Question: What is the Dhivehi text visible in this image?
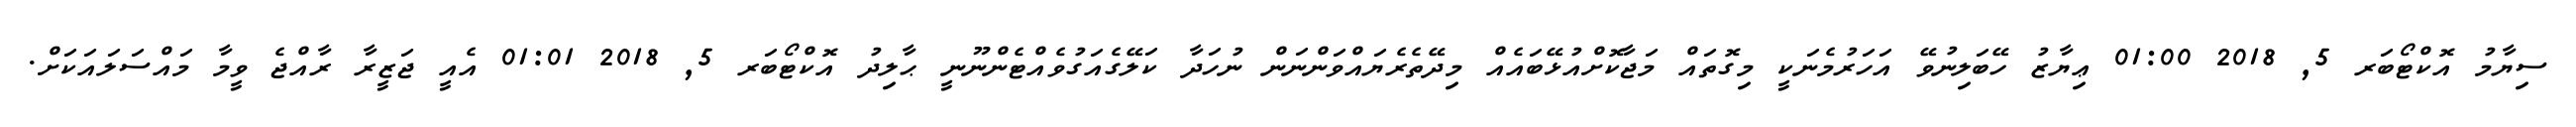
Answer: ސިޔާމު އޮކްޓޯބަރ 5, 2018 01:00 ޢިޔާޒު ހޭބަލިނުވޭ އަހަރުމެނަކީ މިގޮތައް މަޖާކޮށްއުޅޭބައެއް މިދޭތެރެޔައްވަންނަން ނުހަދާ ކަލޭގެއަގުވެއްޓެންނޫނީ ޙާލިދު އޮކްޓޯބަރ 5, 2018 01:01 އެއީ ޖަޒީރާ ރާއްޖެ ވީމާ މައްސަލައަކަށް.